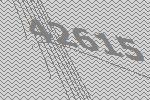
42615